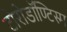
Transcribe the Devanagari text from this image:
टोरोडॉण्टिस्म